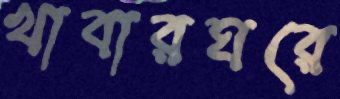
খাবারঘরে